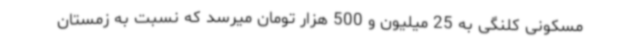
مسکونی کلنگی به 25 میلیون و 500 هزار تومان میرسد که نسبت به زمستان